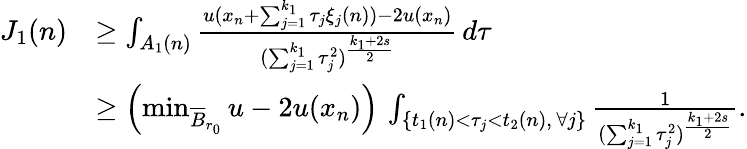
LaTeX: \begin{array}{rl}{J_{1}(n)}&{\ge\int_{A_{1}(n)}\frac{u(x_{n}+\sum_{j=1}^{k_{1}}\tau_{j}\xi_{j}(n))-2u(x_{n})}{(\sum_{j=1}^{k_{1}}\tau_{j}^{2})^{\frac{k_{1}+2s}{2}}}\, d\tau}\\ &{\ge\left(\operatorname*{min}_{\overline{B}_{r_{0}}}u-2u(x_{n})\right)\, \int_{\{ t_{1}(n)<\tau_{j}<t_{2}(n),\, \forall j\} }\frac{1}{(\sum_{j=1}^{k_{1}}\tau_{j}^{2})^{\frac{k_{1}+2s}{2}}}.}\end{array}